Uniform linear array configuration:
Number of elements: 64
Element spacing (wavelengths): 0.25
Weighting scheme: hann
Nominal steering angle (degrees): -30
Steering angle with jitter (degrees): -28.83
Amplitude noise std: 0.05
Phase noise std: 0.05

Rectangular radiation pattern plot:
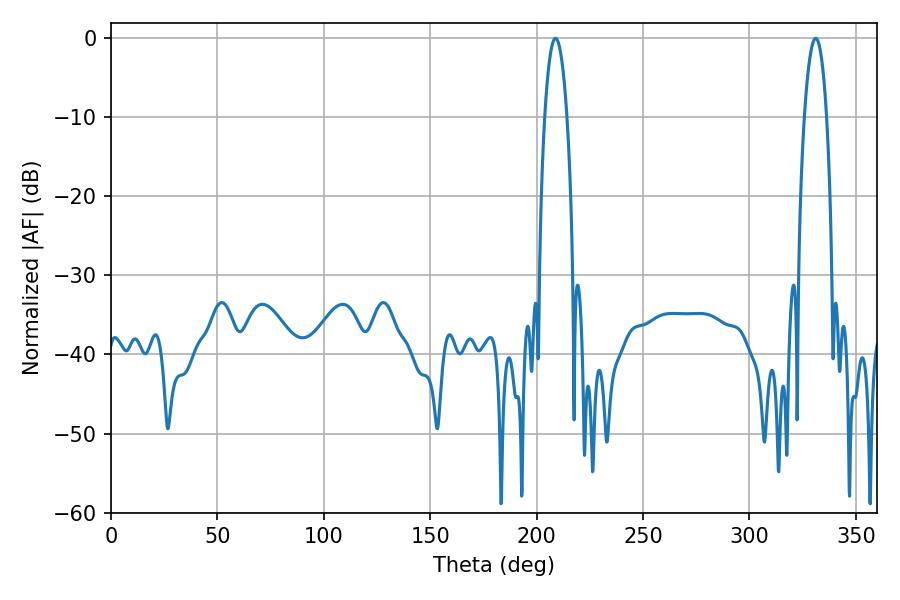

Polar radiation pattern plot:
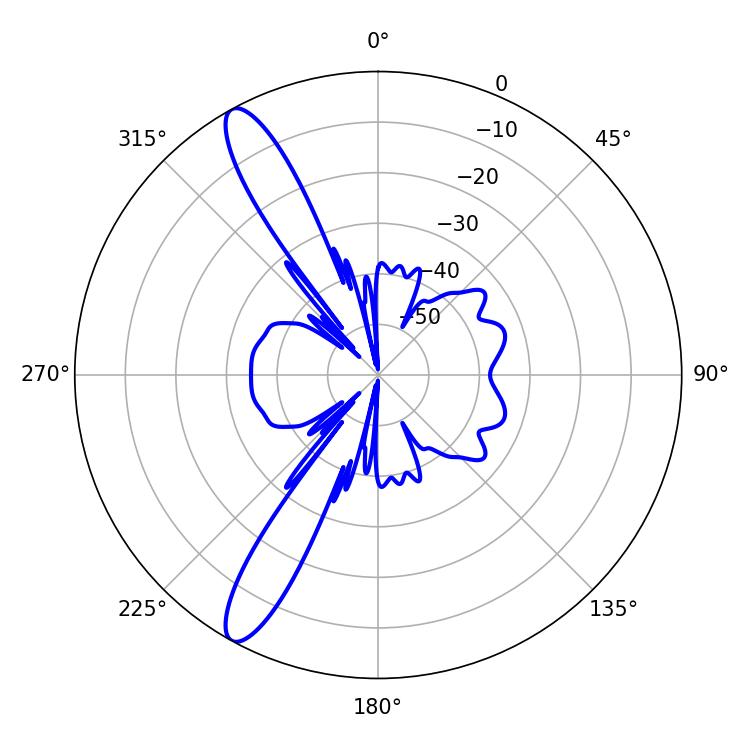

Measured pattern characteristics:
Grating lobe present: FALSE
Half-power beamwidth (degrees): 5.76
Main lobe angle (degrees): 208.8